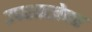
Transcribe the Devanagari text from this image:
उपशाखेवर